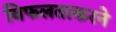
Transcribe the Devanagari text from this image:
विफलताकरने